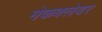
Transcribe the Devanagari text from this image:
मेकक्लेयर